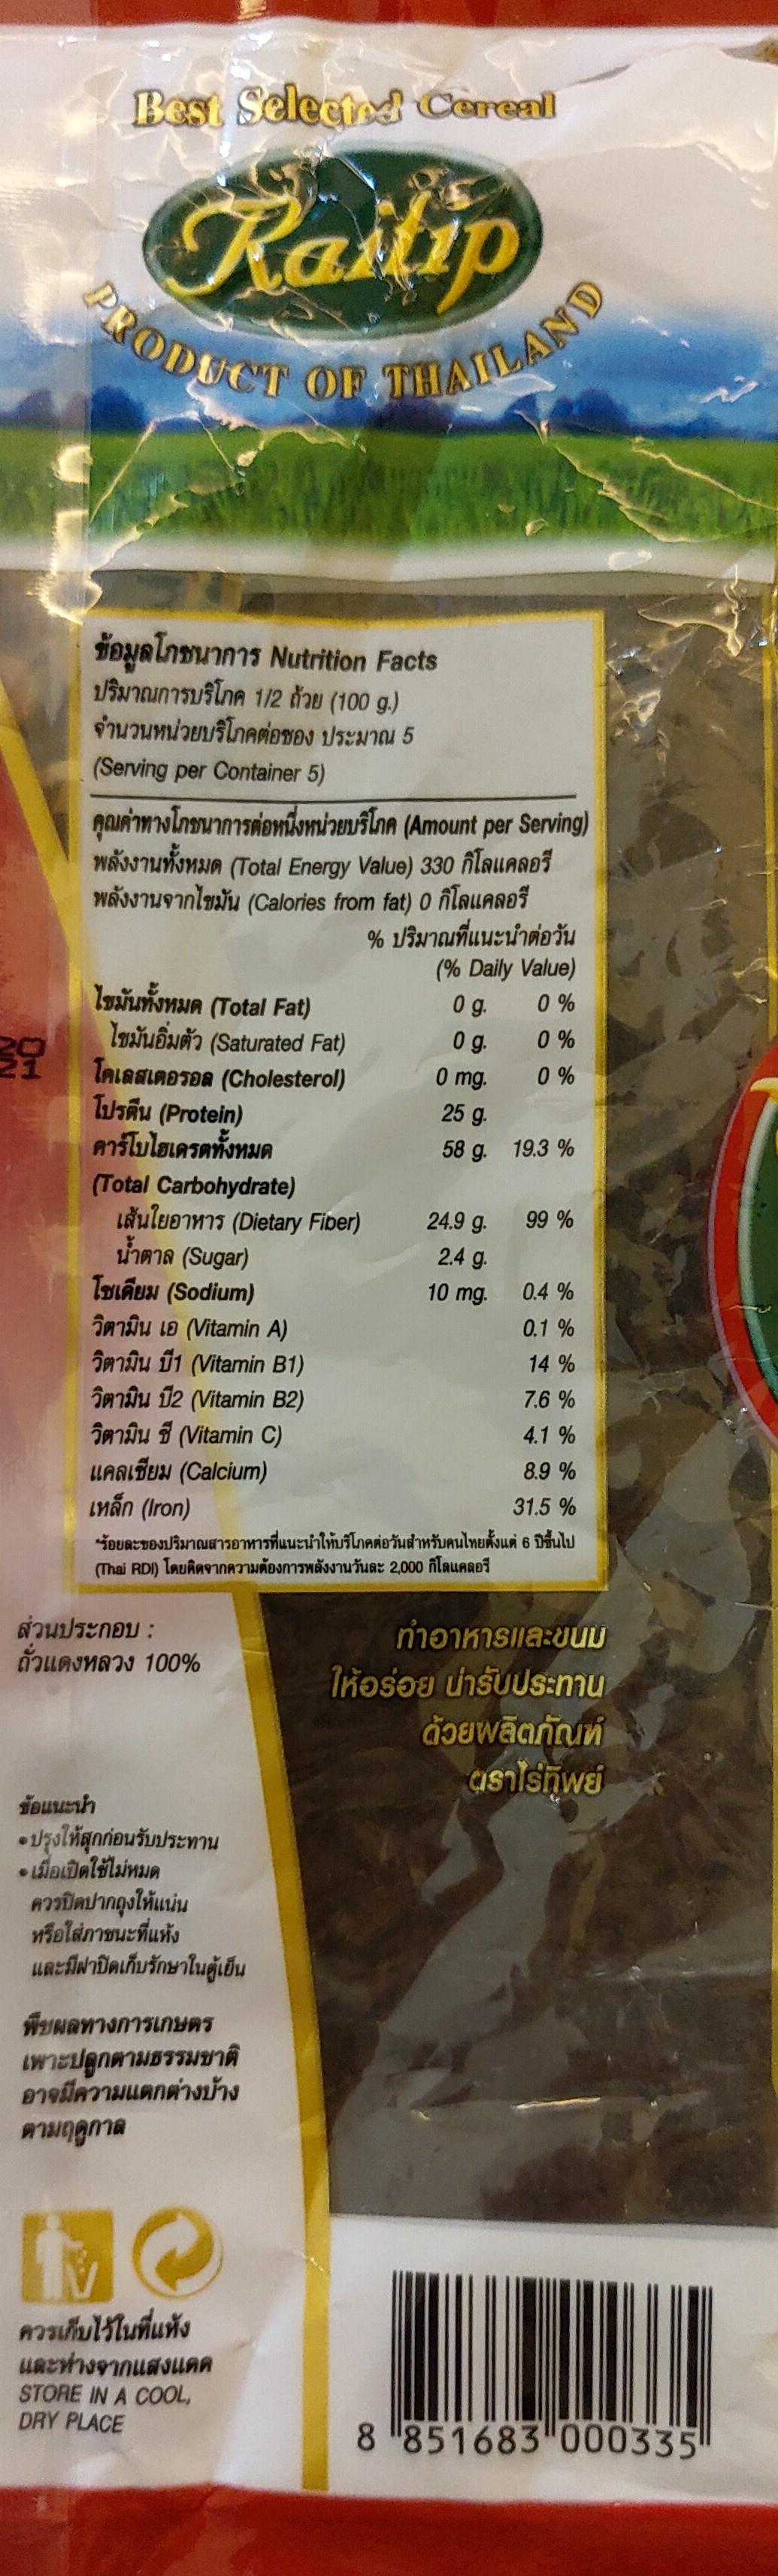
Best Selectod Cereal
Railip PRODUCT OF THAILAND
ข้อมูลโภชนาการ Nutrition Facts ปริมาณการบริโภค 1/2 ถ้วย (100 g.) จำนวนหน่วยบริโภคต่อของ ประมาณ 5
(Serving per Container 5)
คุณค่าทางโภชนาการต่อหนึ่งหน่วยบริโภค (Amount per Serving) (Total Energy Value) 330 กิโลแคลอรี พลังงานจากไขมัน (Calories from fat) 0 กิโลแคลอรี % ปริมาณที่แนะนำต่อวัน
พลังงานทั้งหมด
(% Daily Value)
ไขมันทั้งหมด (Total Fat) ไขมันอิ่มตัว (Saturated Fat) 1 โคเดสเตอรอล (Cholesterol) โปรตีน (Protein) คาร์โบไฮเดรตทั้งหมด
0g.
0 %
0g.
0 %
0 mg.
0 %
25 g.
58 g. 19.3 %
(Total Carbohydrate) เส้นใยอาหาร (Dietary Fiber) น้ำตาล (Sugar) โชเดียม (Sodium) îmdu LD (Vitamin A) วิตามิน บี1 (Vitamin B1) วิตามิน บี2 (Vitamin B2) วิตามิน ซี (Vitamin C) แคลเซียม (Calcium) เหล็ก (Iron)
24.9 g. 99 %
2.4 g.
10 mg.
0.4 %
0.1 %
14 %
7.6 %
4.1 %
8.9 %
31.5 %
"ร้อยละของปริมาณสารอาหารที่แนะนำให้บริโภคต่อวันสำหรับคนไทยตั้งแต่ 6 ปีขึ้นไป (Thai RDI) โดยติดจากความต้องการพลังงานวันละ 2,000 กิโลแคลอรี
ส่วนประกอบ : ถั่วแดงหลวง 100%
ทำอาหารและขนม ให้อร่อย น่ารับประทาน
ด้วยwลิตภัณฑ์
asาไร่ที่พย์
ข้อแนะนำ
๑ปรุงให้สุกก่อนรับประทาน - เมื่อเปิดใช้ไม่หมด ควรปิดปากถุงให้แน่น หรือใส่ภาชนะที่แห้ง และมีฝาปิดเก็บรักษาในตู้เย็น
พืชผลทางการเกษตร เพาะปลูกตามธรรมชาติ อาจมีความแตกต่างบ้าง
ตามฤดูกาล
MO
ควรเก็บไว้ในที่แห้ง และห่างจากแสงแดด STORE IN A COOL, DRY PLACE
8 851683 000335